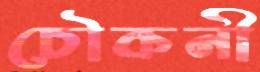
চৌকনী